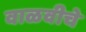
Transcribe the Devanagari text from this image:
वाळवीचे